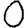
Digit: 0